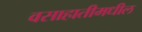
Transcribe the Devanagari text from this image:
वसाहातीमधील